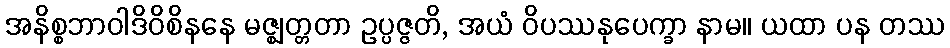
အနိစ္စဘာဝါဒိဝိစိနနေ မဇ္ဈတ္တတာ ဥပ္ပဇ္ဇတိ, အယံ ဝိပဿနုပေက္ခာ နာမ။ ယထာ ပန တဿ